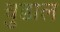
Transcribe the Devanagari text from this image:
चुडाल